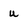
Character: u